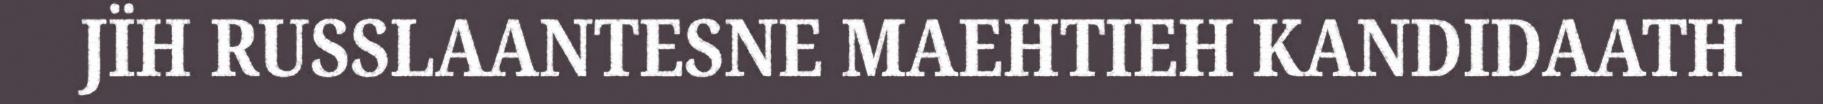
JÏH RUSSLAANTESNE MAEHTIEH KANDIDAATH